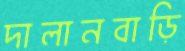
দালানবাড়ি